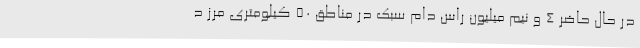
در حال حاضر 4 و نیم میلیون راس دام سبک در مناطق 50 کیلومتری مرز د